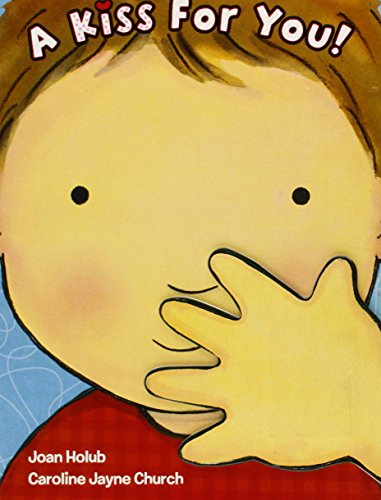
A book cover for A Kiss For You!; Joan Holub; Children's Books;